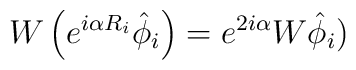
W\left( e^{i \alpha R_i} \hat \phi_i \right) = e^{2 i \alpha} W \hat \phi_i )